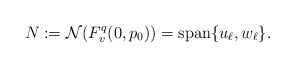
\begin{align*}N := \mathcal N(F^q_v(0,p_0)) = \operatorname{span}\{u_\ell, w_\ell\}.\end{align*}